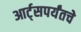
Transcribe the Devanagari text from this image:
आर्ट्‌सपर्यंतचे